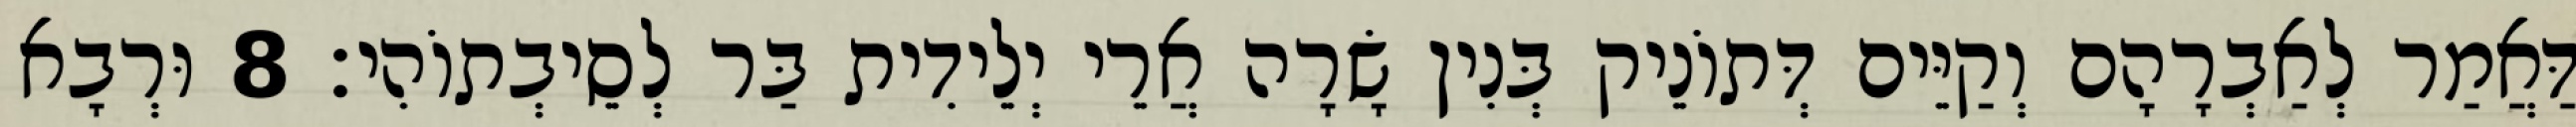
דַּאֲמַר לְאַבְרָהָם וְקַיֵּים דְּתוֹנֵיק בְּנִין שָׂרָה אֲרֵי יְלֵידִית בַּר לְסֵיבְתוֹהִי׃ 8 וּרְבָא